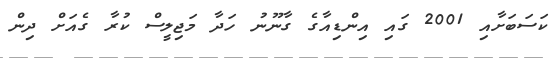
ކަސަބަށާއި 2001 ގައި އިންޑިއާގެ ގާނޫނު ހަދާ މަޖިލީސް ކުރާ ގެއަށް ދިން